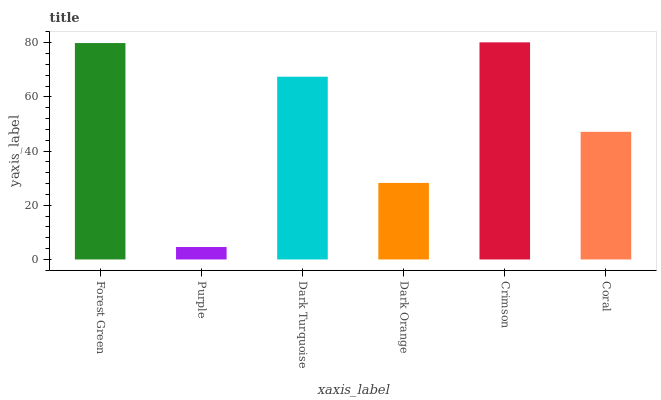
| xaxis_label | bars |
 | --- | --- |
 | Forest Green | 79.9 |
 | Purple | 4.6 |
 | Dark Turquoise | 67.5 |
 | Dark Orange | 28.3 |
 | Crimson | 80.2 |
 | Coral | 47.1 |